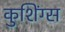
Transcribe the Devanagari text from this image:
कुशिंग्स